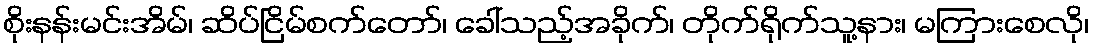
စိုးနန်းမင်းအိမ်၊ ဆိပ်ငြိမ်စက်တော်၊ ခေါ်သည့်အခိုက်၊ တိုက်ရိုက်သူ့နား၊ မကြားစေလို၊